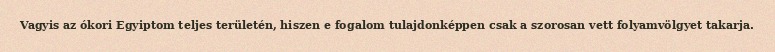
Vagyis az ókori Egyiptom teljes területén, hiszen e fogalom tulajdonképpen csak a szorosan vett folyamvölgyet takarja.